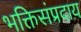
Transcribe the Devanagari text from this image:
भक्तिसंप्रदाय